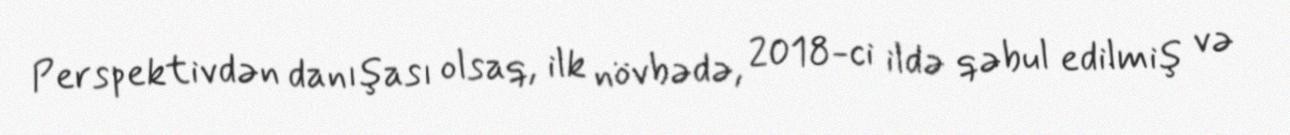
Perspektivdən danışası olsaq, ilk növbədə, 2018-ci ildə qəbul edilmiş və